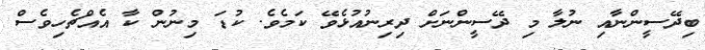
ބިދޭސީންނާއި ނުލާ މި ދޭސީންނަށް ދިރިނުއުޅެވޭ ކަމެވެ. ކުޑަ މިނުން ކާ އެއްޗެހިވެސް